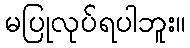
မပြုလုပ်ရပါဘူး။